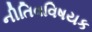
નીતિવવિષયક